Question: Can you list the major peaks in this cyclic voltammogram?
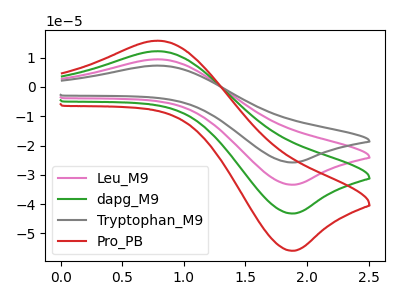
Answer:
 <answer>The pink curve "Leu_M9" has an anodic peak at (0.80V, 24.35uA) and a cathodic peak at (1.90V, -86.40uA). The green curve "dapg_M9" has an anodic peak at (0.80V, 12.20uA) and a cathodic peak at (1.90V, -43.20uA). The gray curve "Tryptophan_M9" has an anodic peak at (0.80V, 36.55uA) and a cathodic peak at (1.90V, -129.60uA). The red curve "Pro_PB" has an anodic peak at (0.80V, 15.75uA) and a cathodic peak at (1.90V, -55.90uA).</answer>
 <eval></eval>